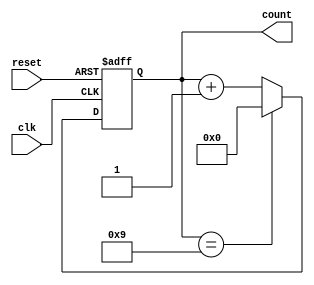
module decade_counter (
    input wire clk,          // Clock signal
    input wire reset,        // Asynchronous reset signal
    output reg [3:0] count   // 4-bit output for the counter
);

// Always block that triggers on the rising edge of the clock or the reset signal
always @ (posedge clk or posedge reset) begin
    if (reset) begin
        count <= 4'b0000;   // Reset the counter to 0
    end else if (count == 4'b1001) begin
        count <= 4'b0000;   // Reset the counter to 0 when it reaches 10 (Binary 1010)
    end else begin
        count <= count + 1; // Increment the counter
    end
end

endmodule